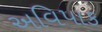
અવિપાક